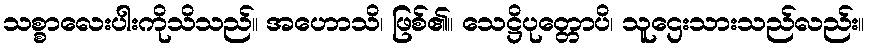
သစ္စာလေးပါးကိုသိသည်။ အဟောသိ၊ ဖြစ်၏။ သေဋ္ဌိပုတ္တောပိ၊ သူဌေးသားသည်လည်း။